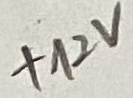
Text: +12V